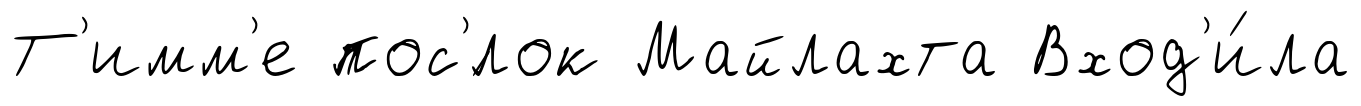
Т'имм'е пос'́лок Майлахта Вход'и́ла